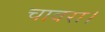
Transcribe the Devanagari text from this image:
चावरा।